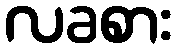
လခစား